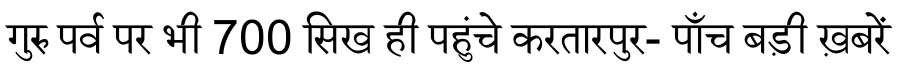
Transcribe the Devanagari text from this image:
गुरु पर्व पर भी 700 सिख ही पहुंचे करतारपुर- पाँच बड़ी ख़बरें